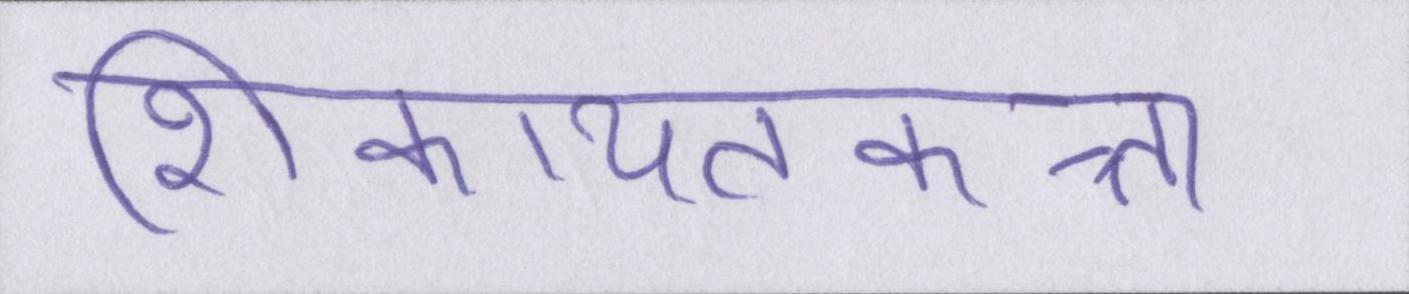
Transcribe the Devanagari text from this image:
शिकायतकत्र्ता